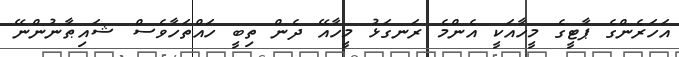
އަހަރެންގެ ޕާޓީގެ މީހާއަކީ އެންމެ ރަނގަޅު މީހާއޭ ދެން ތިބީ ހައްތަހާވެސް ޝައިޠާނުންނޭ